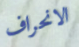
الانحراف